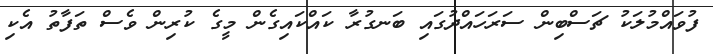
ފުވައްމުލަކު ޗަސްބިން ސަރަހައްދުގައި ބަނގުރާ ކައްކައިގެން މީގެ ކުރިން ވެސް ތަފާތު އެކި